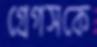
গ্রেগসকে